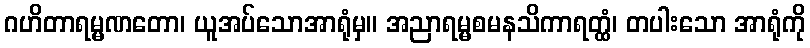
ဂဟိတာရမ္မဏတော၊ ယူအပ်သောအာရုံမှ။ အညာရမ္မစမနသိကာရတ္ထံ၊ တပါးသော အာရုံကို